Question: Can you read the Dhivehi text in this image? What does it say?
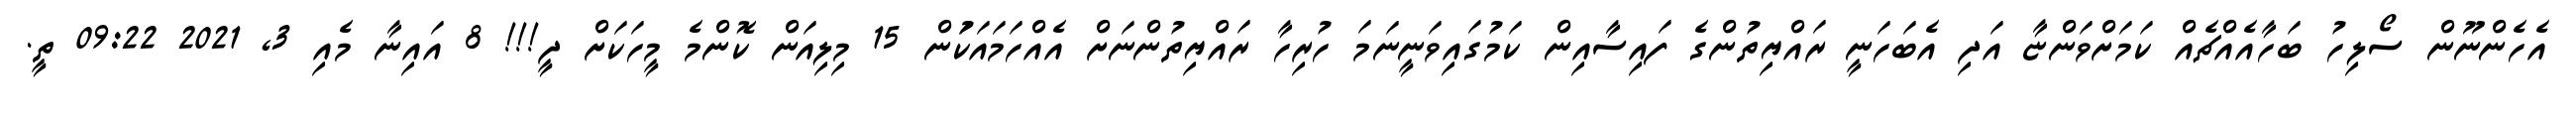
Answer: އެހެންނޫން ސޯލިހު ބަހާއެއްޗެއް ކަމަށްވަންޏާ އަދި އެބަހަނީ ރައްޔިތުންގެ ފައިސާއިން ކަމުގައިވަނީނަމަ ހުރިހާ ރައްޔިތުންނަށް އެއްހަމައަކަުން 15 މިލިއަން ކޮންމެ މީހަކަށް ދީ!!! 8 އައިނާ މެއި 3, 2021 09:22 ތީ.